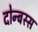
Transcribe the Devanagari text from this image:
दोन्बस्स